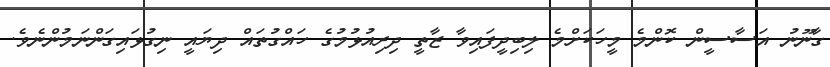
ގާނޫނު އަސާސީން ކޮންމެ މީހަކަށްމެ ލިބިދީފައިވާ ޒާތީ ދިރިއުޅުމުގެ ހައްގުތައް ދިޔައީ ނިގުޅައިގަންނަމުންނެވެ.